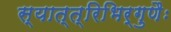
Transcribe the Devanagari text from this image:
स्यात्त्रिभिर्गुणैः